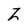
Character: Z